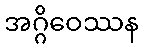
အဂ္ဂိဝေဿန